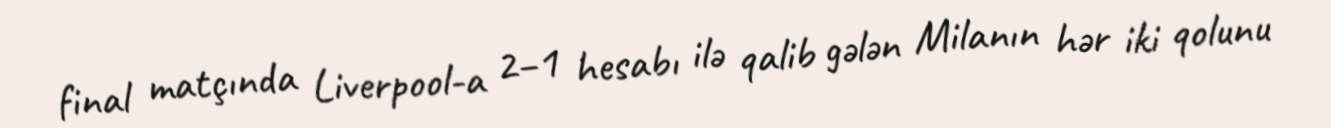
final matçında Liverpool-a 2–1 hesabı ilə qalib gələn Milanın hər iki qolunu